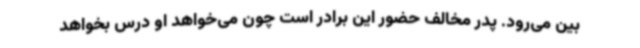
بین می‌رود. پدر مخالف حضور این برادر است چون می‌خواهد او درس بخواهد